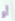
أو